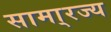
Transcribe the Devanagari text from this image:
सामा्रज्य